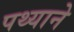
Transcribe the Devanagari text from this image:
पथ्याने